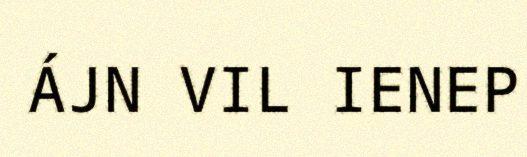
ÁJN VIL IENEP